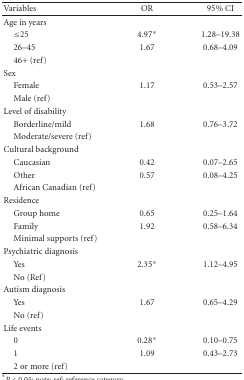
| Variables | OR | 95% CI |
 | --- | --- | --- |
 | Age in years |  |  |
 | ≤25 | 4.97* | 1.28–19.38 |
 | 26–45 | 1.67 | 0.68–4.09 |
 | 46+ (ref) |  |  |
 | Sex |  |  |
 | Female | 1.17 | 0.53–2.57 |
 | Male (ref) |  |  |
 | Level of disability |  |  |
 | Borderline/mild | 1.68 | 0.76–3.72 |
 | Moderate/severe (ref) |  |  |
 | Cultural background |  |  |
 | Caucasian | 0.42 | 0.07–2.65 |
 | Other | 0.57 | 0.08–4.25 |
 | African Canadian (ref) |  |  |
 | Residence |  |  |
 | Group home | 0.65 | 0.25–1.64 |
 | Family | 1.92 | 0.58–6.34 |
 | Minimal supports (ref) |  |  |
 | Psychiatric diagnosis |  |  |
 | Yes | 2.35* | 1.12–4.95 |
 | No (Ref) |  |  |
 | Autism diagnosis |  |  |
 | Yes | 1.67 | 0.65–4.29 |
 | No (ref) |  |  |
 | Life events |  |  |
 | 0 | 0.28* | 0.10–0.75 |
 | 1 | 1.09 | 0.43–2.73 |
 | 2 or more (ref) |  |  |